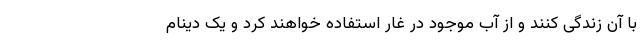
با آن زندگی کنند و از آب موجود در غار استفاده خواهند کرد و یک دینام